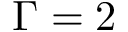
\Gamma = 2